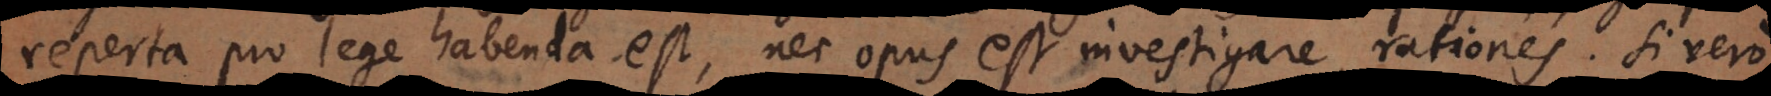
reperta pro lege habenda est, nec opus est investigare rationes. Si vero